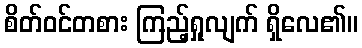
စိတ်ဝင်တစား ကြည့်ရှုလျက် ရှိလေ၏။